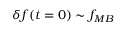
\delta f ( t = 0 ) \sim f _ { M B }